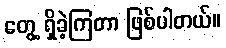
တွေ့ ရှိခဲ့ကြတာ ဖြစ်ပါတယ်။